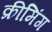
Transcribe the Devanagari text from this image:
क्रीमिंग